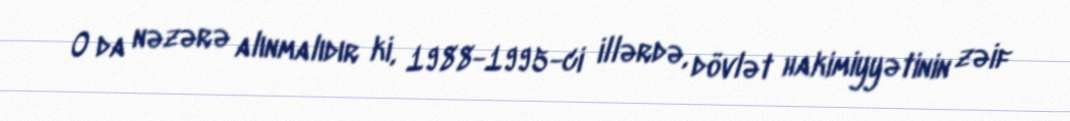
O da nəzərə alınmalıdır ki, 1988-1995-ci illərdə, dövlət hakimiyyətinin zəif